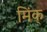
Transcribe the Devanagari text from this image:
मिंक्